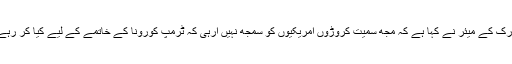
نیو یارک کے میئر نے کہا ہے کہ مجھ سمیت کروڑوں امریکیوں کو سمجھ نہیں آرہی کہ ٹرمپ کورونا کے خاتمے کے لیے کیا کر رہے ہیں۔